Notes on vaccination in the North-West Frontier Province 1923-1928 - 1923-1928
Year: 1923
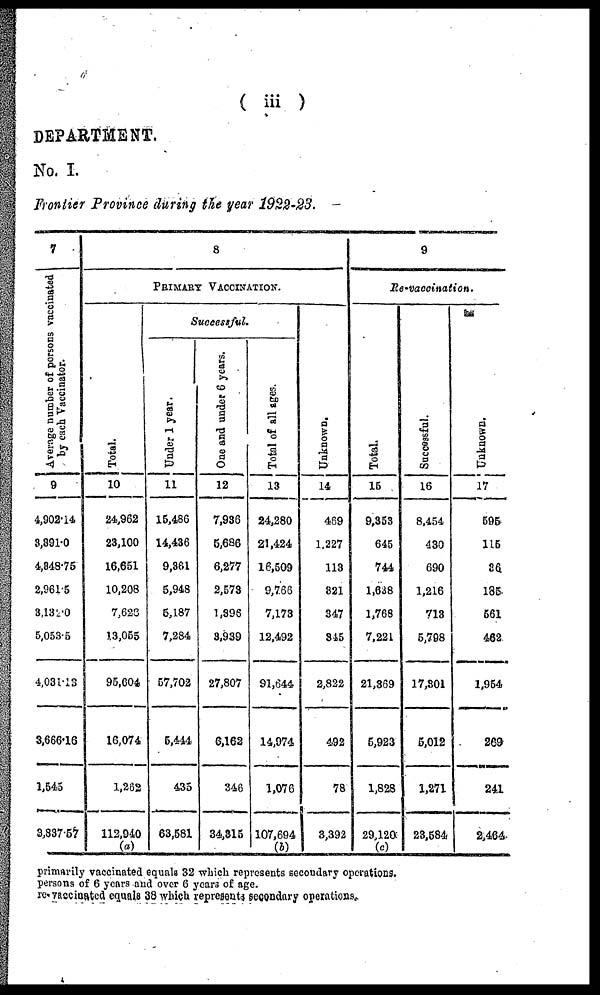
( iii )
DEPARTMENT.
No. I.
Frontier Province during the year 1922-23.
7
Average number of persons vaccinated
by each Vaccinator.
9
4,902.14
3,391.0
4,348.75
2,961.5
3,132.0
5,053.5
4,031.13
3,666.16
1,545
3,837.57
8
PRIMARY VACCINATION.
Total.
10
24,962
23,100
16,651
10,208
7,628
13,055
95,604
16,074
1,262
112,940
(a)
Successful.
Under 1 year.
11
15,486
14,436
9,361
5,948
5,187
7,284
57,702
5,444
435
63,581
One and under 6 years.
12
7,936
5,686
6,277
2,573
1,396
3,939
27,807
6,162
346
34,315
Total of all ages.
13
24,280
21,424
16,509
9,766
7,173
12,492
91,644
14,974
1,076
107,694
(b)
Unknown.
14
469
1,227
113
321
347
345
2,822
492
78
3,392
9
Re-vaccination.
Total.
15
9,353
645
744
1,638
1,768
7,221
21,369
5,923
1,828
29,120
(c)
Successful.
16
8,454
430
690
1,216
713
5,798
17,301
5,012
1,271
23,584
Unknown.
17
595
115
36
185
561
462
1,954
269
241
2,464
primarily vaccinated equals 32 which represents secondary operations.
persons of 6 years and over 6 years of age.
re-vaccinated equals 38 which represents secondary operations.